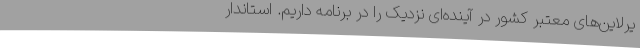
یرلاین‌های معتبر کشور در آینده‌ای نزدیک را در برنامه داریم. استاندار